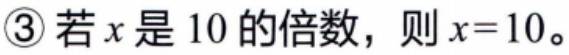
\textcircled{3}若\(x\)是\(10\)的倍数，则\(x = 10\)。